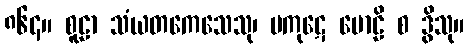
၈၆၄။ စူဠာ သံယတကေသေသု၊ မကုဋေ မောဠိ စ ဒွိသု။